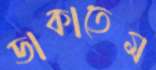
ডাকাতেম